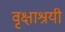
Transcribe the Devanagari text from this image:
वृक्षाश्रयी